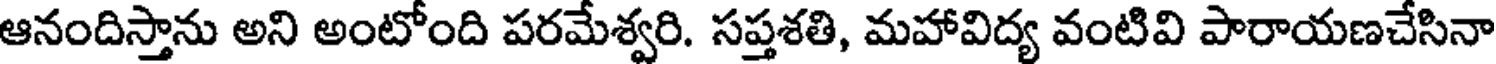
ఆనందిస్తాను అని అంటోంది పరమేశ్వరి. సప్తశతి, మహావిద్య వంటివి పారాయణచేసినా